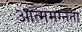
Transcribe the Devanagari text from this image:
आत्ममग्नता